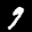
Label: 9